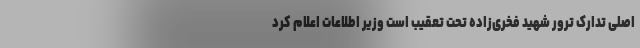
اصلی تدارک ترور شهید فخری‌زاده تحت تعقیب است وزیر اطلاعات اعلام کرد